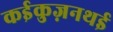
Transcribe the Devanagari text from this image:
कईकुज़नथई